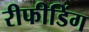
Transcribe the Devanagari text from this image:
रीफीडिंग